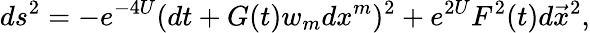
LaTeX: ds^{2}=-e^{-4U}(dt+G(t)w_{m}dx^{m})^{2}+e^{2U}F^{2}(t)d\vec{x}^{2},